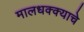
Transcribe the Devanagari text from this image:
मालधक्क्याचे